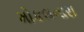
મોકલનારા